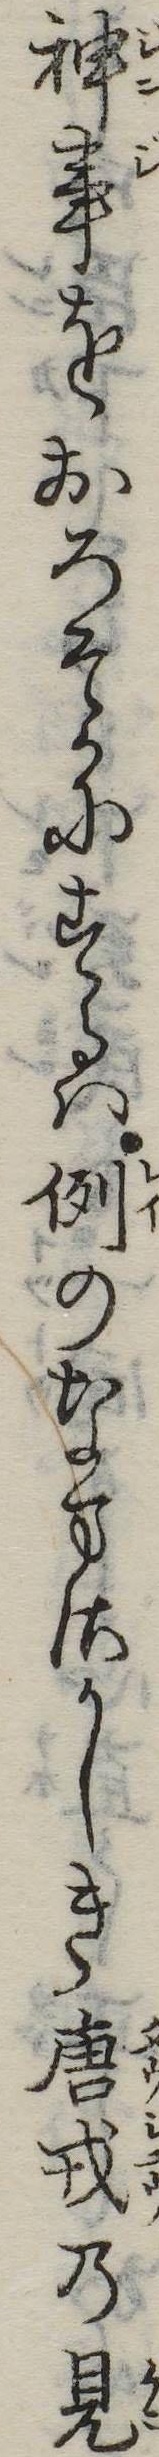
神事をおろそかにするは例のなまさかしき唐戎の見